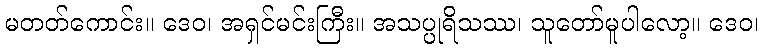
မတတ်ကောင်း။ ဒေဝ၊ အရှင်မင်းကြီး။ အသပ္ပုရိသဿ၊ သူတော်မူပါလော့။ ဒေဝ၊